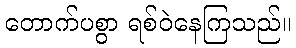
တောက်ပစွာ ရစ်ဝဲနေကြသည်။